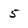
Character: 5